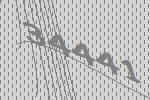
34441